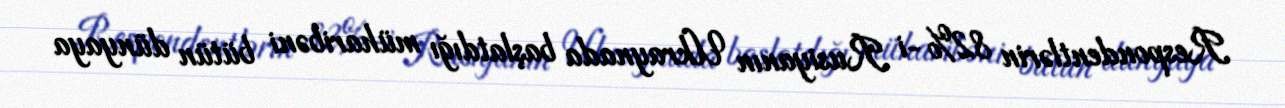
Respondentlərin 82%-i Rusiyanın Ukraynada başlatdığı müharibəni bütün dünyaya